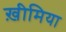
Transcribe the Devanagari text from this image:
ख़ीमिया